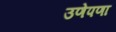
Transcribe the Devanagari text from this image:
उणेपणा